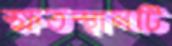
ক্ষতস্থানটি